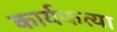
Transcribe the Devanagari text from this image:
कार्यकत्या